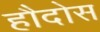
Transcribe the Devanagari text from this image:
हौदोस